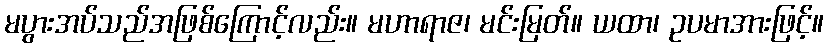
မပွားအပ်သည်အဖြစ်ကြောင့်လည်း။ မဟာရာဇ၊ မင်းမြတ်။ ယထာ၊ ဥပမာအားဖြင့်။